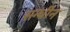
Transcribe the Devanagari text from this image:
सन्धीन